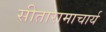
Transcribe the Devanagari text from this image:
सीतारामाचार्य